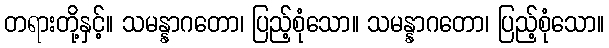
တရားတို့နှင့်။ သမန္နာဂတော၊ ပြည့်စုံသော။ သမန္နာဂတော၊ ပြည့်စုံသော။